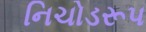
નિચોડરૂપ